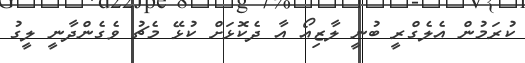
ކުރަމުން އެލެގްރީ ބުނީ ލާޒިއޯ އާ ދެކޮޅަށް ކުޅޭ މެޗު ވެގެންދާނީ ލީގު